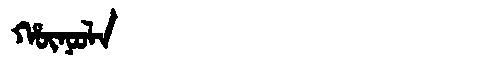
Manchu: ᡥᡡᠨᠣᠣᠯᠠ
Romanization: HŪNOOLA